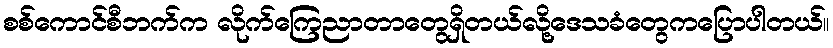
စစ်ကောင်စီဘက်က လိုက်ကြေညာတာတွေရှိတယ်လို့ဒေသခံတွေကပြောပါတယ်။